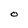
Character: O